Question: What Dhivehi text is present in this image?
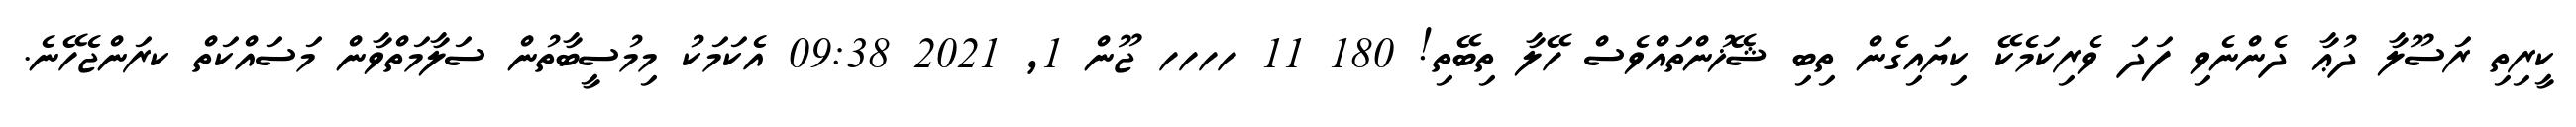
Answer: ކީރިތި ރަސޫލާ ދުޢާ ދެންނެވި ފަދަ ވެރިކަމެކޭ ކިޔައިގެން ތިބި ޝޭޚުންތައްވެސް ހޭލާ ތިބޭތި! 180 11 ހހހހ ޖޫން 1, 2021 09:38 އެކަމަކު މިމުސީބާތުން ސަލާމަތްވާން މަސައްކަތް ކރަންޖެހޭނެ.